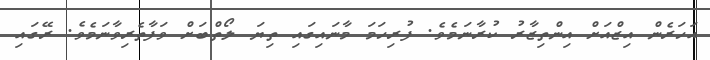
އަހަރެން އިޒްއަށް އިންތިޒާރު ކުރާނަމެވެ. ފުރިހަމަ މާނައިގައި ތިޔަ ލޯތްބަށް ވަފާތެރިވާނަމެވެ. ރޭގައި